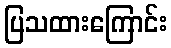
ပြသထားကြောင်း